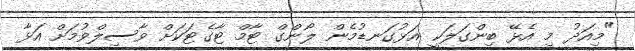
"މިއަދު މި އެޅޭ ބިންގަލަކީ އަޅުގަނޑުމެން ލޯންގް ޓާމް ޓާގެޓަކަށް ވާސިލްވުމަށް އަޅާ